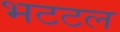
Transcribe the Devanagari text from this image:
भटटल